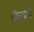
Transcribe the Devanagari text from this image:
फ्रेको